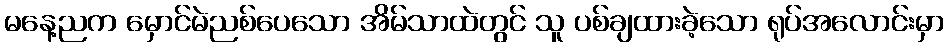
မနေ့ညက မှောင်မဲညစ်ပေသော အိမ်သာထဲတွင် သူ ပစ်ချထားခဲ့သော ရုပ်အလောင်းမှာ